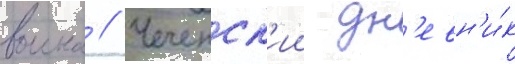
воина // Чеченск'ии дн'евн'и́к